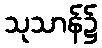
သုသာန်၌